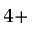
^ { 4 + }